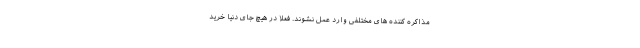
مذاکره کننده های مختلفی وارد عمل نشوند. فعلا در هیچ جای دنیا خرید